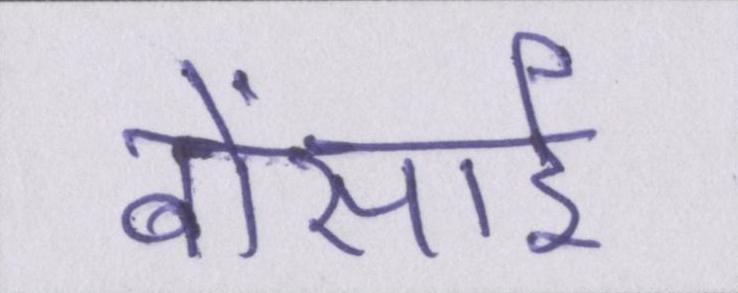
बोंसाई